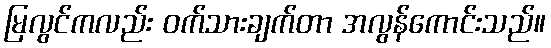
မြလွင်ကလည်း ဝက်သားချက်တာ အလွန်ကောင်းသည်။